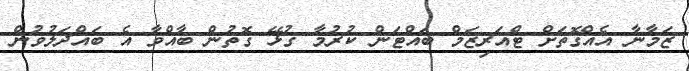
ޒަމާނާ އެއްގޮތަށް ޓްއަރިޒަމް ބައްޓަން ކުރުމާ ގުޅޭ ގޮތުން ބާއްވާ އެ ބައްދަލުވުން